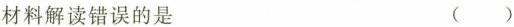
材料解读错误的是 （ ）